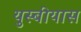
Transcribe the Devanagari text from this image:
युस्बीयास